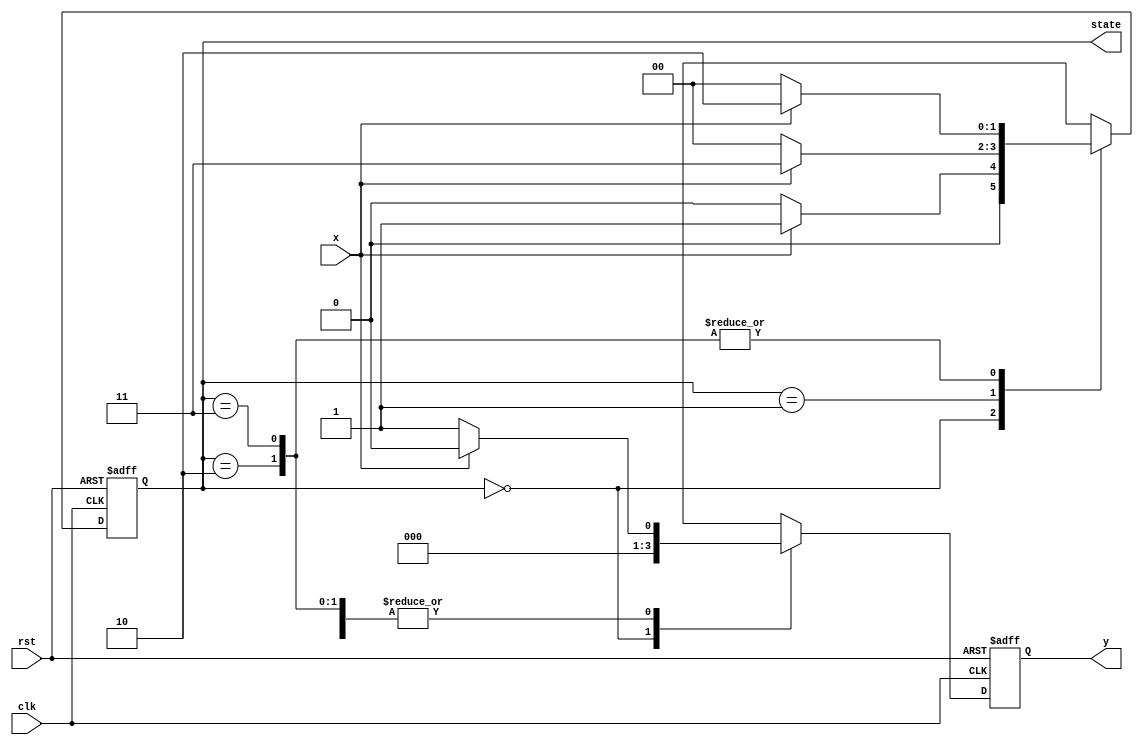
`timescale 1ns / 1ps
//////////////////////////////////////////////////////////////////////////////////
// Company: 
// Engineer: 
// 
// Design Name: 
// Module Name: state_diagram_1
// Project Name: 
// Target Devices: 
// Tool Versions: 
// Description: 
// 
// Dependencies: 
// 
// Revision:
// Revision 0.01 - File Created
// Additional Comments:
// 
//////////////////////////////////////////////////////////////////////////////////


module state_diagram_1(clk, rst, x, y, state);

input clk, rst, x;
output reg [1:0] state;
output reg [1:0] y;

always @(negedge rst or posedge clk) begin
    if(!rst) state <= 2'b00;
    else begin
        case(state)
            2'b00: state <= x ? 2'b01 : 2'b00;
            2'b01: state <= x ? 2'b11 : 2'b00;
            2'b10: state <= x ? 2'b10 : 2'b00;
            2'b11: state <= x ? 2'b10 : 2'b00;
        endcase
    end    
end
always @(negedge rst or posedge clk) begin
    if(!rst) y <= 0;
    else begin
        case(state)
            2'b00: y <= 1'b0;
            2'b01: y <= x ? 1'b0 : 1'b1;
            2'b10: y <= x ? 1'b0 : 1'b1;
            2'b11: y <= x ? 1'b0 : 1'b1;
        endcase
    end    
end
endmodule